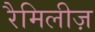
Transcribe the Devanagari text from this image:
रैमिलीज़